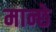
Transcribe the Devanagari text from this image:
मान्छे